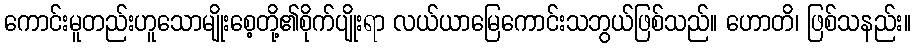
ကောင်းမူတည်းဟူသောမျိုးစေ့တို့၏စိုက်ပျိုးရာ လယ်ယာမြေကောင်းသဘွယ်ဖြစ်သည်။ ဟောတိ၊ ဖြစ်သနည်း။